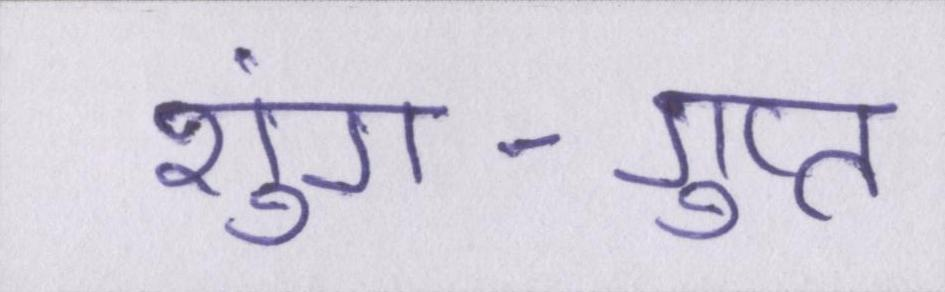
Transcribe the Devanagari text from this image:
शुंग-गुप्त